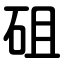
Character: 砠